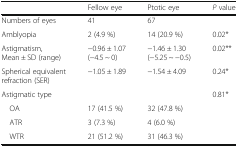
|  | Fellow eye | Ptotic eye | P value |
 | --- | --- | --- | --- |
 | Numbers of eyes | 41 | 67 |  |
 | Amblyopia | 2 (4.9 %) | 14 (20.9 %) | 0.02* |
 | Astigmatism, Mean ± SD (range) | −0.96 ± 1.07 (−4.5 ~ 0) | −1.46 ± 1.30 (−5.25 ~ −0.5) | 0.02** |
 | Spherical equivalent refraction (SER) | −1.05 ± 1.89 | −1.54 ± 4.09 | 0.24* |
 | Astigmatic type |  |  | 0.81* |
 | OA | 17 (41.5 %) | 32 (47.8 %) |  |
 | ATR | 3 (7.3 %) | 4 (6.0 %) |  |
 | WTR | 21 (51.2 %) | 31 (46.3 %) |  |